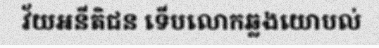
វ័យអនីតិជន ទើបលោកឆ្លងយោបល់